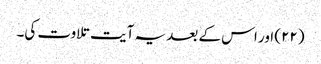
(۲۲) اور اس کے بعد یہ آیت تلاوت کی۔